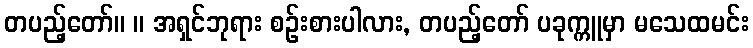
တပည့်တော်။ ။ အရှင်ဘုရား စဉ်းစားပါလား, တပည့်တော် ပခုက္ကူမှာ မသေထမင်း